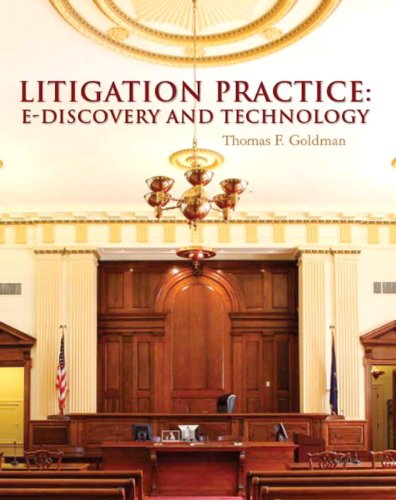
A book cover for Litigation Practice: EEEDiscovery and Technology; Thomas F. Goldman; Computers & Technology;